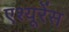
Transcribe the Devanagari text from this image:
एश्यूरेंस